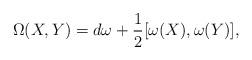
LaTeX: \begin{align*}\Omega(X,Y) = d\omega + \frac{1}{2}[ \omega(X),\omega(Y)],\end{align*}